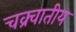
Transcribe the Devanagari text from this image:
चक्र्वातीय